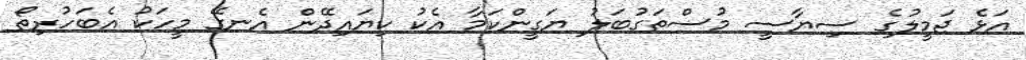
އަޅެ ޖަމީލުގެ ސިޔާސީ މުސްތަގުބަލު ޔަގީންކަމާ އެކު ކިޔައިދޭން އެނގޭ މީހަކު އެބަހުރިތޯ